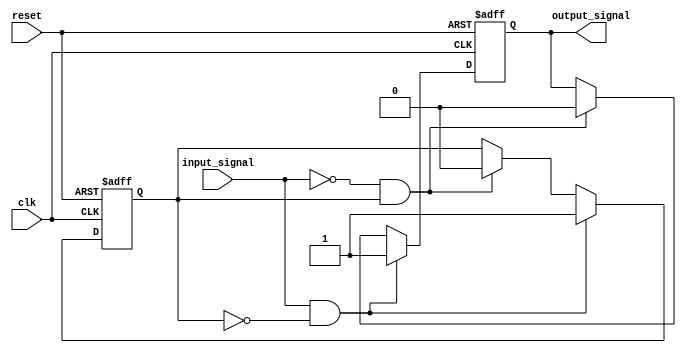
module Schmitt_trigger_inverter (
    input wire clk,
    input wire reset,
    input wire input_signal,
    output reg output_signal
);

reg previous_output;

always @ (posedge clk or posedge reset) begin
    if (reset) begin
        output_signal <= 1'b0;
        previous_output <= 1'b0;
    end else begin
        if (input_signal && !previous_output) begin
            output_signal <= 1'b1;
            previous_output <= 1'b1;
        end else if (!input_signal && previous_output) begin
            output_signal <= 1'b0;
            previous_output <= 1'b0;
        end
    end
end

endmodule